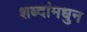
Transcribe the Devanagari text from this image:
शब्दांमधुन